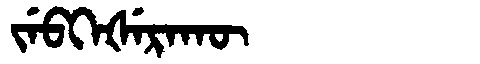
Manchu: ᠵᡝᠪᡴᡝᡧᡝᡵᠠᡴᡡ
Romanization: JEBKEŠERAKŪ